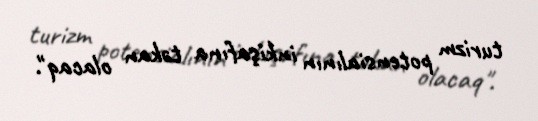
turizm potensialının inkişafına təkan olacaq".